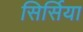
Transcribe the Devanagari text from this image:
सिर्सिया